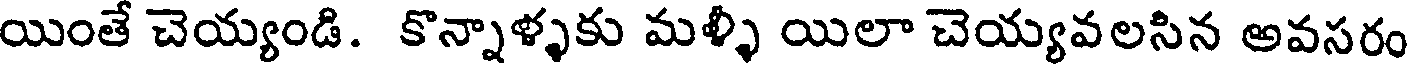
యింతే చెయ్యండి. కొన్నాళ్ళకు మళ్ళీ యిలా చెయ్యవలసిన అవసరం